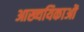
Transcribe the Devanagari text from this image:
आख्ययिकाओं